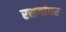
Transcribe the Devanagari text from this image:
रसगांधर